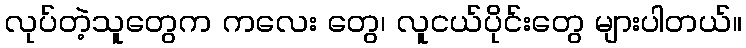
လုပ်တဲ့သူတွေက ကလေး တွေ၊ လူငယ်ပိုင်းတွေ များပါတယ်။